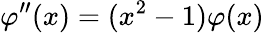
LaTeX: \varphi^{\prime\prime}(x)=(x^{2}-1)\varphi(x)